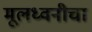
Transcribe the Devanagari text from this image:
मूलध्वनीचा